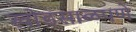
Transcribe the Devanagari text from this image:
खोडसाळपणे